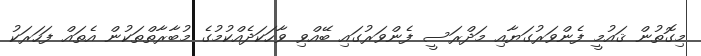
މިގޮތުން ޤައުމީ ފެންވަރުގަޔާއި މަދްރަސީ ފެންވަރުގައި ބޭއްވި ވާހަކަދެއްކުމުގެ މުބާރާތްތަކުން އެތައް ފަހަރަކު